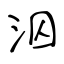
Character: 泅